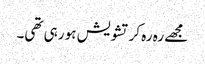
مجھے رہ رہ کر تشویش ہو رہی تھی۔